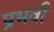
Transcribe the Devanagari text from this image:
प्रभवी